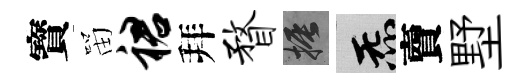
寳㽞裙拜瞀振炁𧶠墅